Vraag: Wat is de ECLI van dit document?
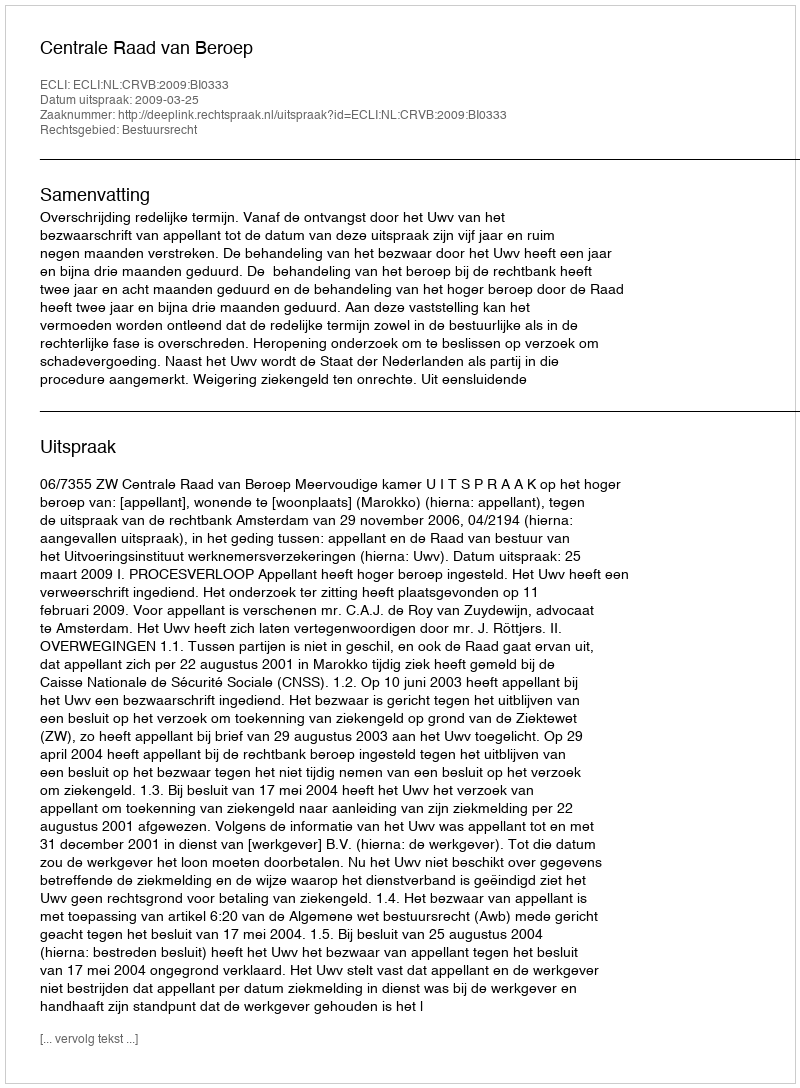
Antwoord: ECLI:NL:CRVB:2009:BI0333